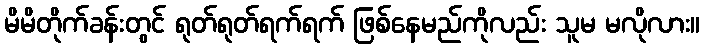
မိမိတိုက်ခန်းတွင် ရုတ်ရုတ်ရက်ရက် ဖြစ်နေမည်ကိုလည်း သူမ မလိုလား။